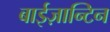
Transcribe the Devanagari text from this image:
बाईज़ान्टिन